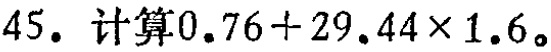
$45. \text{ 计算}0.76 + 29.44\times1.6。$